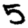
Digit: 5